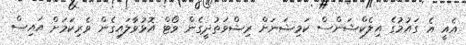
އެއީ އެ ގައުމުގެ އިލެކްޝަންސް ކަމިޝަނަށް ރިޝްވަތުދީގެން ވޯޓް އޮޅުވާލައިގެން ވެރިކަމަށް އައިސް